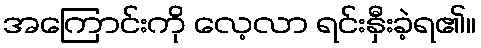
အကြောင်းကို လေ့လာ ရင်းနှီးခဲ့ရ၏။